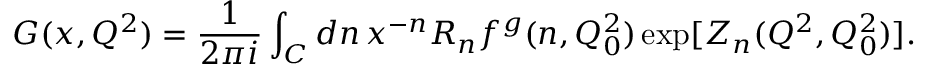
G ( x , Q ^ { 2 } ) = \frac { 1 } { 2 \pi i } \int _ { C } d n \, x ^ { - n } R _ { n } f ^ { g } ( n , Q _ { 0 } ^ { 2 } ) \exp [ Z _ { n } ( Q ^ { 2 } , Q _ { 0 } ^ { 2 } ) ] .